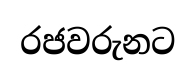
රජවරුනට